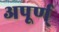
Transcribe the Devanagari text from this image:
अपूर्ण्‌